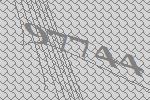
97744